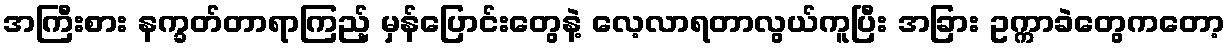
အကြီးစား နက္ခတ်တာရာကြည့် မှန်ပြောင်းတွေနဲ့ လေ့လာရတာလွယ်ကူပြီး အခြား ဥက္ကာခဲတွေကတော့